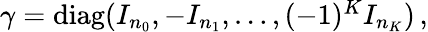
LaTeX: \begin{array}{r}{\gamma=\mathrm{diag}(I_{n_{0}},-I_{n_{1}},\dots,(-1)^{K}I_{n_{K}})\, ,}\end{array}